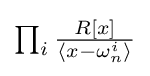
{\textstyle \prod _{i}{\frac {R[x]}{\langle x-\omega _{n}^{i}\rangle }}}